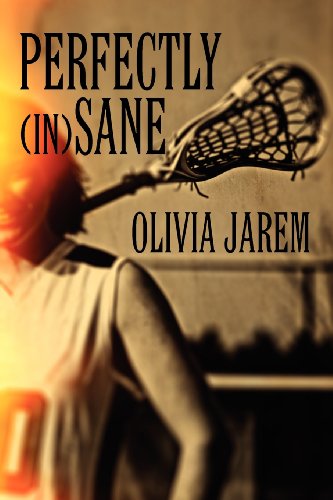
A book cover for Perfectly (in)Sane; Olivia Jarem; Sports & Outdoors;